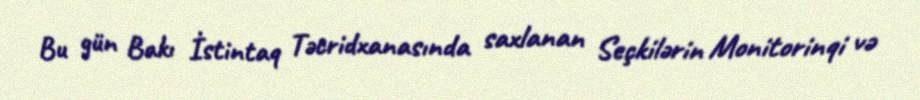
Bu gün Bakı İstintaq Təcridxanasında saxlanan Seçkilərin Monitorinqi və